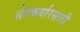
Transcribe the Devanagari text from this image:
शेतकर्यारसाठी